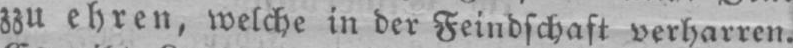
zzu ehren, welche in der Feindschaft verharren.